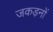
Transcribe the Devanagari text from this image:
जकड़नों